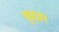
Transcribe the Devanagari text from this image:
बृहन्नर